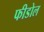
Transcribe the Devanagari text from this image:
फीडोल